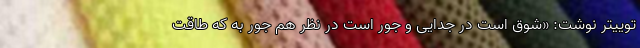
توییتر نوشت: «شوق است در جدایی و جور است در نظر هم جور به که طاقت